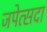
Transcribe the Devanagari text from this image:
जपेत्सदा